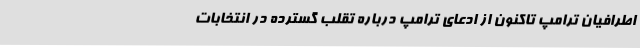
اطرافیان ترامپ تاکنون از ادعای ترامپ درباره تقلب گسترده در انتخابات